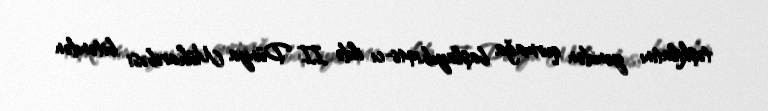
təşkilatını yenidən qurmağa başlayıb.1946-cı ildə II Dünya Müharibəsi bitəndən